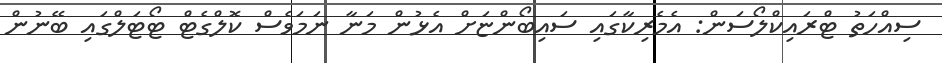
ސިއްހަތު ޓްރައިކްލޯސަން: އެމެރިކާގައި ސައިބޯންޏަށް އެޅުން މަނާ ނަަމަވެސް ކޮލްގެޓް ޓޯޓަލްގައި ބޭނުން